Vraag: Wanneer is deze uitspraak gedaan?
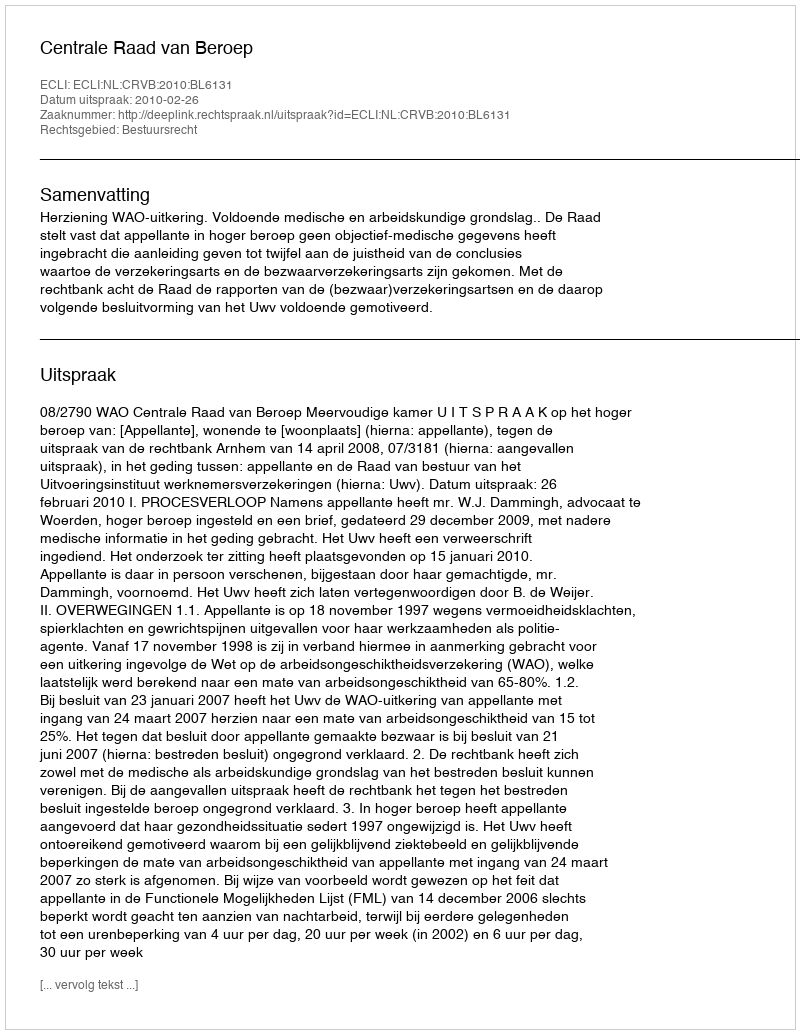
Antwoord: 2010-02-26